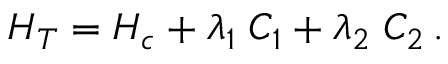
{ \cal H } _ { T } = { \cal H } _ { c } + \lambda _ { 1 } \; { \cal C } _ { 1 } + \lambda _ { 2 } \; { \cal C } _ { 2 } \, .